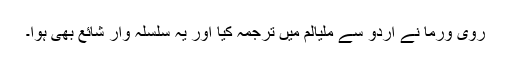
روی ورما نے اُردو سے ملیالم میں ترجمہ کیا اور یہ سلسلہ وار شائع بھی ہوا۔